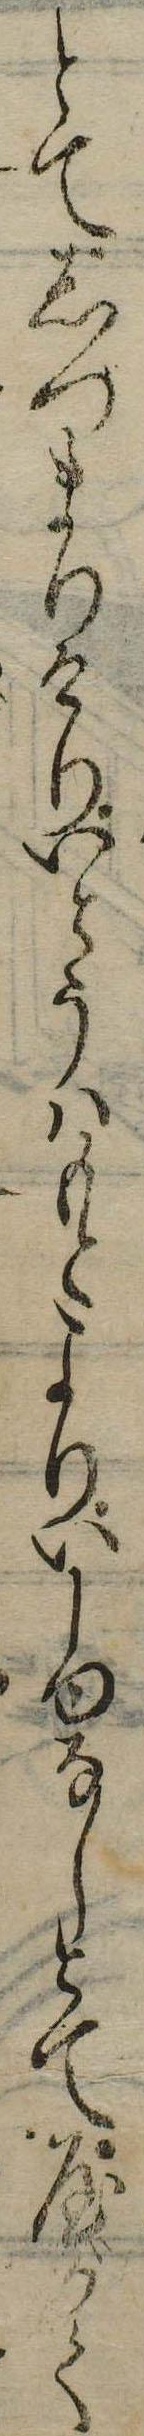
とてしつまりけりいとうはもとよりいしゆなしとてやがて